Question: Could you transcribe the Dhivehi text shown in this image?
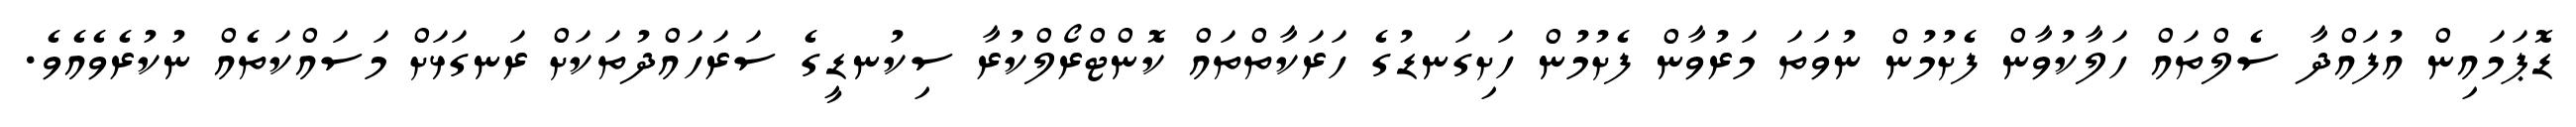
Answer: ޑޮޕަމައިން އުފައްދާ ސެލްތައް ހަލާކުވާން ފެށުމުން ނުވަތަ މަރުވާން ފެށުމުން ހަށިގަނޑުގެ ހަރަކާތްތައް ކޮންޓްރޯލްކުރާ ސިކުނޑީގެ ސަރަހައްދުތަކަށް ރަނގަޅަށް މަސައްކަތެއް ނުކުރެވެއެވެ.